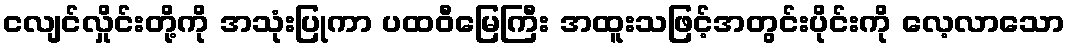
ငလျင်လှိုင်းတို့ကို အသုံးပြုကာ ပထဝီမြေကြီး အထူးသဖြင့်အတွင်းပိုင်းကို လေ့လာသော